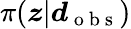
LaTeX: \pi(\boldsymbol{z}|\boldsymbol{d}_{\mathrm{~o~b~s~}})